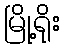
မြို့ရိုး